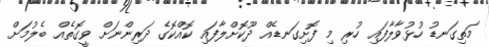
މަތިގަނޑު ހުޅުވާލާފައި ހުރި މި ފޮށިގަނޑެއް ދޫކޮށްލާފައި ކޮއްކޮގެ ދަރިންނަށް ވީގޮތެއް ބެލުމަށް